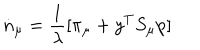
\dot { n } _ { \mu } = \frac { 1 } { \lambda } [ \pi _ { \mu } + y ^ { T } S _ { \mu } \mathrm { p } ]